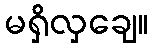
မရှိလှချေ။